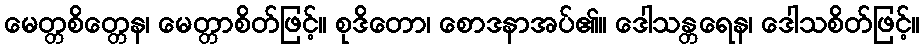
မေတ္တစိတ္တေန၊ မေတ္တာစိတ်ဖြင့်။ စုဒိတော၊ စောဒနာအပ်၏။ ဒေါသန္တရေန၊ ဒေါသစိတ်ဖြင့်။